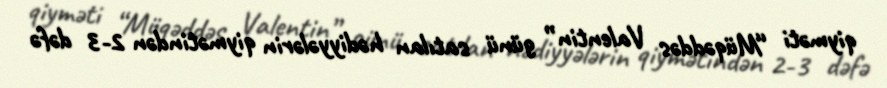
qiyməti “Müqəddəs Valentin” günü satılan hədiyyələrin qiymətindən 2-3 dəfə